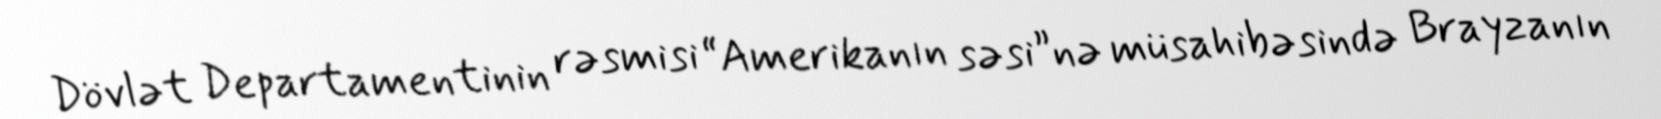
Dövlət Departamentinin rəsmisi “Amerikanın səsi”nə müsahibəsində Brayzanın